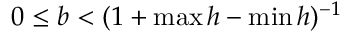
0 \leq b < ( 1 + \operatorname* { m a x } h - \operatorname* { m i n } h ) ^ { - 1 }